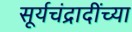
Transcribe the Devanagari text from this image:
सूर्यचंद्रादींच्या